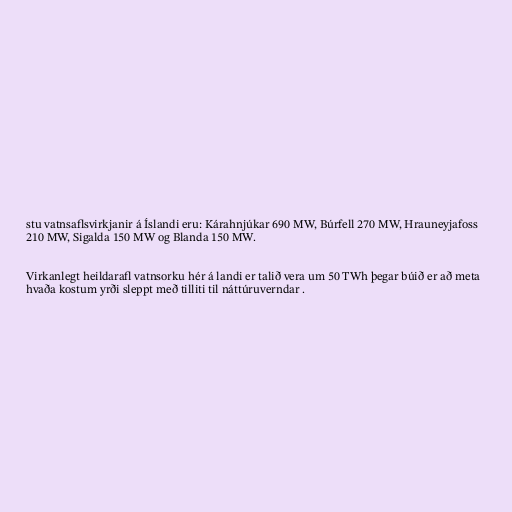
stu vatnsaflsvirkjanir á Íslandi eru: Kárahnjúkar 690 MW, Búrfell 270 MW, Hrauneyjafoss
210 MW, Sigalda 150 MW og Blanda 150 MW.

Virkanlegt heildarafl vatnsorku hér á landi er talið vera um 50 TWh þegar búið er að meta
hvaða kostum yrði sleppt með tilliti til náttúruverndar .